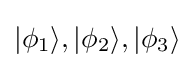
|\phi _{1}\rangle ,|\phi _{2}\rangle ,|\phi _{3}\rangle